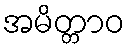
အမိတ္တာဝ